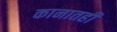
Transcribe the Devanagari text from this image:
कानातही